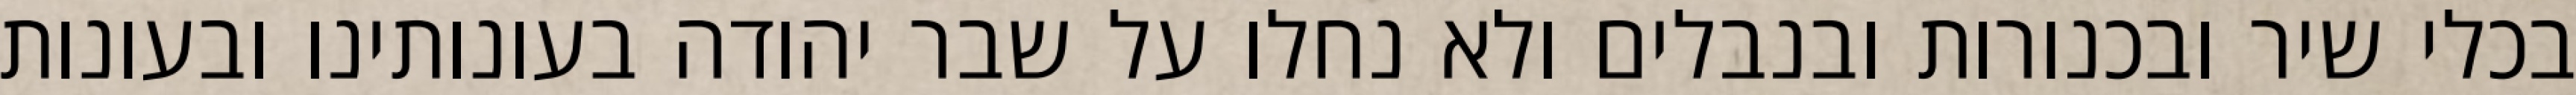
בכלי שיר ובכנורות ובנבלים ולא נחלו על שבר יהודה בעונותינו ובעונות